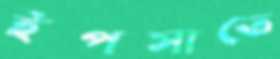
ইপসাতে